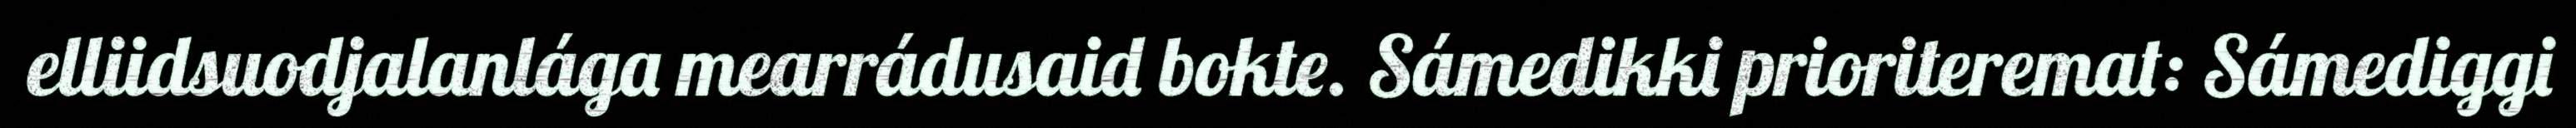
elliidsuodjalanlága mearrádusaid bokte. Sámedikki prioriteremat: Sámediggi